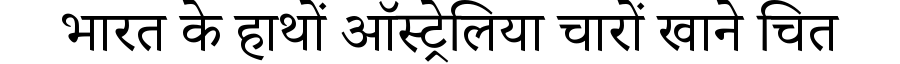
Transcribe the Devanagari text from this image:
भारत के हाथों ऑस्ट्रेलिया चारों खाने चित